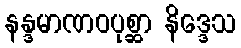
နန္ဒမာဏဝပုစ္ဆာ နိဒ္ဒေသ